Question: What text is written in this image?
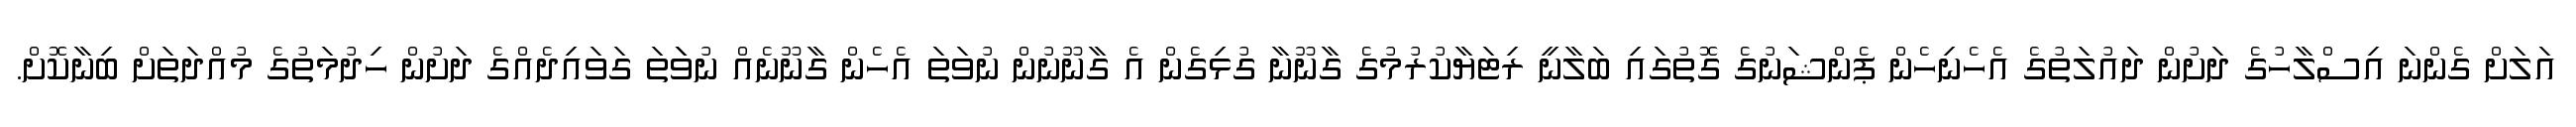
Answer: އަލަށް ގެންނަ އިސްލާހުގެ ދަށުން ދައުލަތުގެ އެހެނިހެން ޕެންޝަނުގެ ގޮތުގައި ބަލާނީ ރިޓަޔާކުރުމުގެ ގާނޫނާ ގުޅިގެން އެ ގާނޫނުން ނުވަތަ އެހެން ގާނޫނެއް ނުވަަތަ ގަވައިދެއްގެ ދަށުން ހިދުމަތުގެ މުއްދަތަށް ބިނާކޮށް.